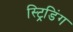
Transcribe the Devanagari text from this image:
स्ट्रिडिंग